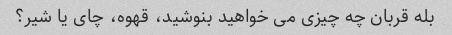
بله قربان چه چیزی می خواهید بنوشید، قهوه، چای یا شیر؟